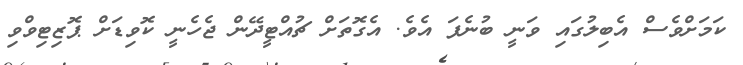
ކަމަށްވެސް އެބިލުގައި ވަނީ ބުނެފަ އެވެ. އެގޮތަށް ޗުއްޓީދޭން ޖެހެނީ ކޮވިޑަށް ޕޮޒިޓިވްވި